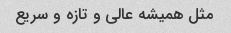
مثل همیشه عالی و تازه و سریع